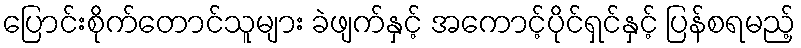
ပြောင်းစိုက်တောင်သူများ ခဲဖျက်နှင့် အကောင့်ပိုင်ရှင်နှင့် ပြန်စရမည့်